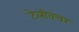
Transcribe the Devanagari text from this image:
टेलीवंचर